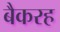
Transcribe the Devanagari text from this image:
बैकरह